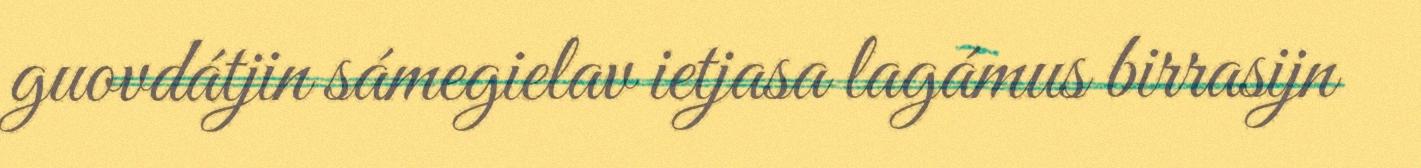
guovdátjin sámegielav ietjasa lagámus birrasijn